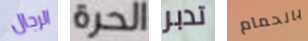
الرجال الحرة تدبر بالحمام